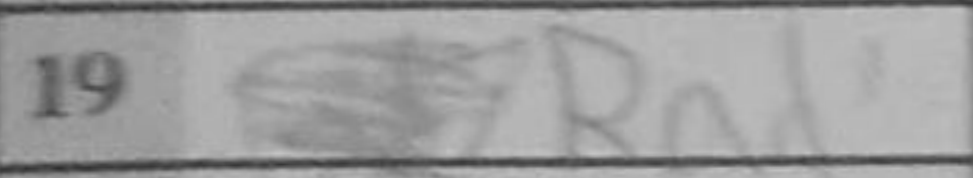
Transcription: Ra1